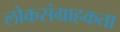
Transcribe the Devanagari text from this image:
लोकसंग्राहकता